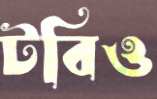
টবিও